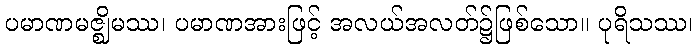
ပမာဏမဇ္ဈိမဿ၊ ပမာဏအားဖြင့် အလယ်အလတ်၌ဖြစ်သော။ ပုရိသဿ၊